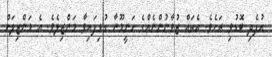
އުފެދި ބޮޑުވި ރަށެވެ. އެތައް ޒުވާނުންނެއްގެ ހަނީމޫނާ ގުޅިފައިވާ މަންޒިލެވެ. އެ މަންޒިލަށް